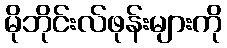
မိုဘိုင်းလ်ဖုန်းများကို